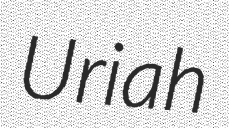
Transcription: Uriah